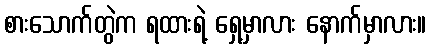
စားသောက်တွဲက ရထားရဲ့ ရှေ့မှာလား နောက်မှာလား။